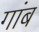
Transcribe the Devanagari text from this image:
गांब